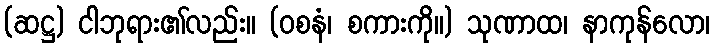
(ဆဋ္ဌ) ငါဘုရား၏လည်း။ (ဝစနံ၊ စကားကို။) သုဏာထ၊ နာကုန်လော၊